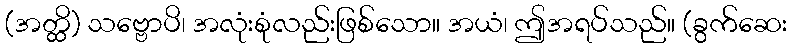
(အတ္ထိ) သဗ္ဗောပိ၊ အလုံးစုံလည်းဖြစ်သော။ အယံ၊ ဤအရပ်သည်။ (ခွက်ဆေး